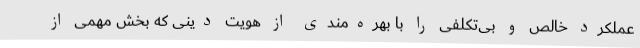
عملکرد خالص و بی‌تکلفی را با بهره‌مندی از هویت دینی که بخش مهمی از